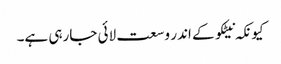
کیونکہ نیٹکو کے اندر وسعت لائی جارہی ہے۔